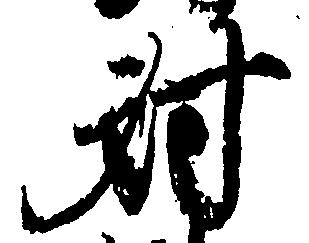
射